Report of an investigation in regard to the prevalence of stegomyia and other mosquitoes in Karachi, and the measures necessary for their control
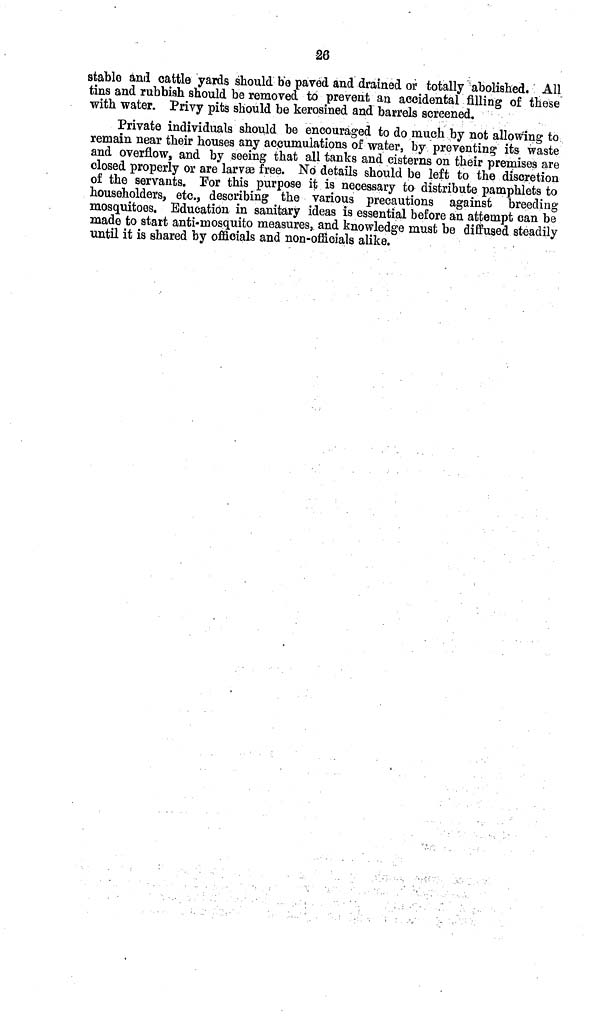
26
stable ami cattle yards should be paved and drained of totally abolished. All
tins and rubbish should be removed to prevent an accidental filling of these
with water. Privy pits should be kerosined and barrels screened.
Private individuals should be encouraged to do much by not allowing to
remain near their houses any accumulations of water, by preventing its waste
and overflow, and by seeing that all tanks and cisterns on their premises are
closed properly or are larvae free. No details should be left to the discretion
of the servants. For this purpose it is necessary to distribute pamphlets to
householders, etc., describing the various precautions against breeding
mosquitoes. Education in sanitary ideas is essential before an attempt can be
made to start anti-mosquito measures, and knowledge must be diffused steadily
until it is shared by officials and non-official s alike.